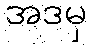
အဒမှ